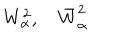
LaTeX: W _ { \alpha } ^ { 2 } , \quad \bar { W } _ { \dot { \alpha } } ^ { 2 }